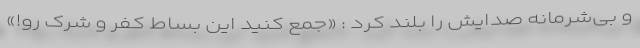
و بی‌شرمانه صدایش را بلند کرد : «جمع کنید این بساط کفر و شرک رو!»